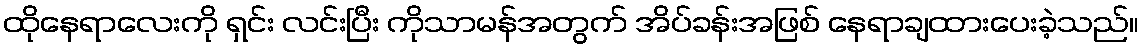
ထိုနေရာလေးကို ရှင်း လင်းပြီး ကိုသာမန်အတွက် အိပ်ခန်းအဖြစ် နေရာချထားပေးခဲ့သည်။